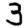
Digit: 3